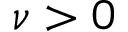
\nu > 0